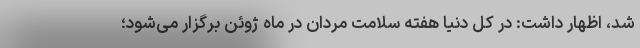
شد، اظهار داشت: در کل دنیا هفته سلامت مردان در ماه ژوئن برگزار می‌شود؛